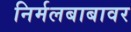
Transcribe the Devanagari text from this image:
निर्मलबाबावर